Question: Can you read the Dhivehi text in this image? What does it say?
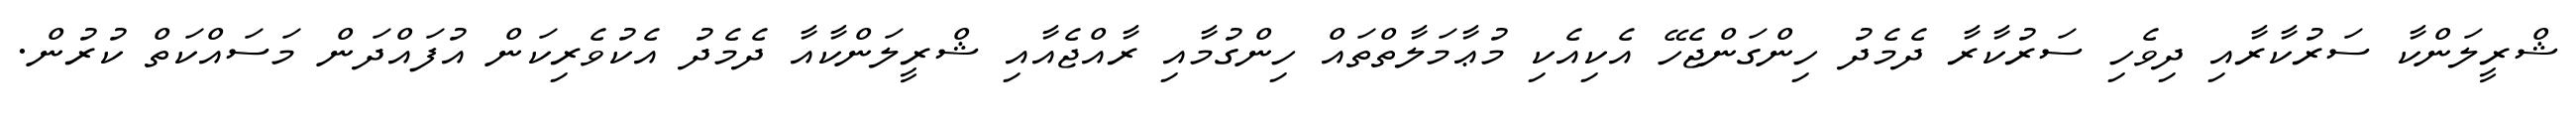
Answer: ޝްރީލަންކާ ސަރުކާރާއި ދިވެހި ސަރުކާރާ ދެމެދު ހިންގަންޖެހޭ އެކިއެކި މުޢާމަލާތްތައް ހިންގުމާއި ރާއްޖެއާއި ޝްރީލަންކާއާ ދެމެދު އެކުވެރިކަން އުފައްދަން މަސައްކަތް ކުރުން.